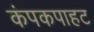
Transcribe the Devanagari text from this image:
कंपकपाहट